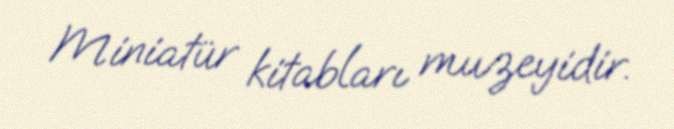
Miniatür kitabları muzeyidir.